Vaccine operations Central Provinces & Berar 1922-1929 - 1922-1929
Year: 1922
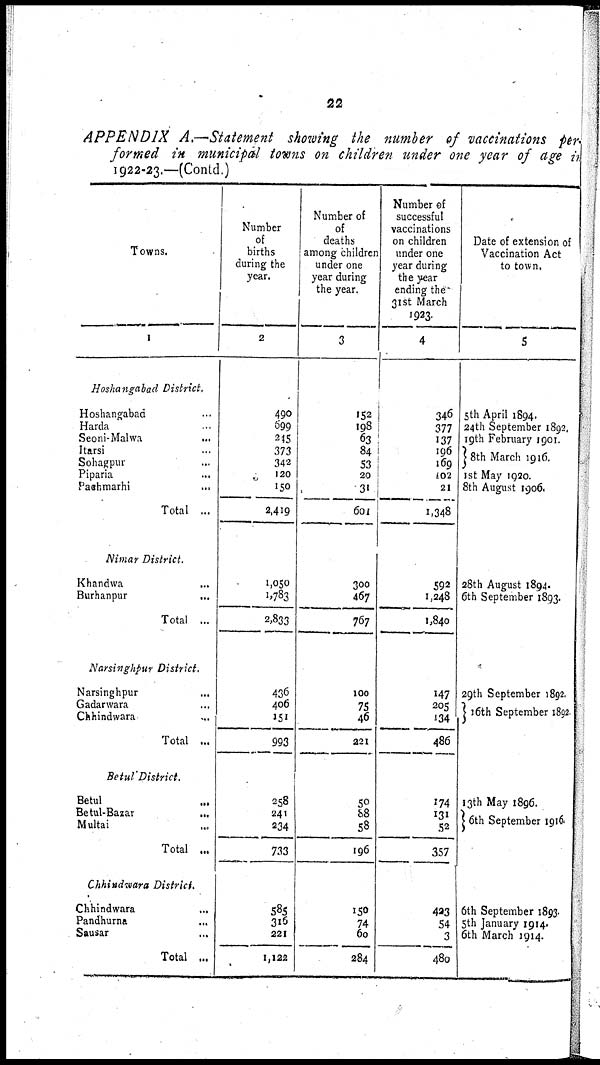
22
APPENDIX A.—Statement showing the number of vaccinations per-
formed in municipal towns on children under one year of age in
1922-23.—(Contd.)
Towns.
1
Hoshangabad District.
Hoshangabad...
Harda..
Seoni-Malwa...
Itarsi...
Sohagpur
Piparia...
Panhmarhi...
Total...
Nimar District.
Khandwa...
Burhanpur...
Total...
Narsinghpur District.
Narsinghpur...
Gadarwara...
Chhindwara...
Total...
Betul District.
Betul...
Betul-Bazar...
Multai...
Total...
Chhindwara District.
Chhindwara...
Pandhurna...
Sausar...
Total...
Number
of
births
during the
year.
2
490
699
245
373
342
120
150
2,419
1,050
1,783
2,833
436
406
151
993
258
241
234
733
585
316
221
1,122
Number of
of
deaths
among children
under one
year during
the year.
3
152
198
63
84
S3
20
31
601
300
467
767
100
75
46
221
50
88
58
196
150
74
60
284
Number of
successful
vaccinations
on children
under one
year during
the year
ending the
31st March
1923.
4
346
377
137
196
169
102
21
1,348
592
1,248
1,840
147
205
134
486
174
131
52
357
423
54
3
480
Date of extension of
Vaccination Act
to town.
5
5th April 1894.
24th September 1892.
19th February 1901.
8th March 1916.
1st May 1920.
8th August 1906.
28th August 1894.
6th September 1893.
29th September 1892.
16th September 1892.
13th May 1896.
6th September 1916.
6th September 1893.
5th January 1914.
6th March 1914.